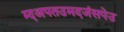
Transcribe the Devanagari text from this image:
म्दअपतउमदजंसपेउ